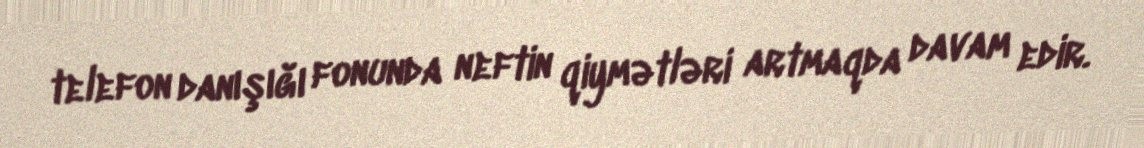
telefon danışığı fonunda neftin qiymətləri artmaqda davam edir.